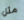
مثل